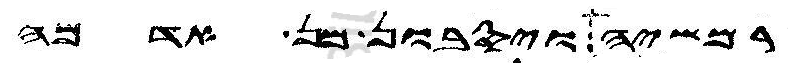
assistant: רמשיה ויסבון מן אדמה